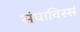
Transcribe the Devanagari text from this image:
संघाविस्सं